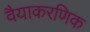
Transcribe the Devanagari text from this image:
वैयाकरणिक